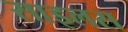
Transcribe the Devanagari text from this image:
साइलस